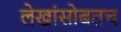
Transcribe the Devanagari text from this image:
लेखांसोबतच